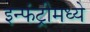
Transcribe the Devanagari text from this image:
इन्फंट्रीमध्ये